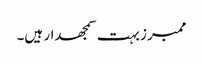
ممبرز بہت سمجھدار ہیں۔